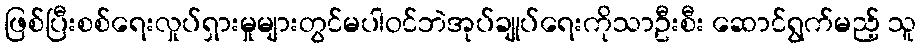
ဖြစ်ပြီးစစ်ရေးလှုပ်ရှားမှုများတွင်မပါဝင်ဘဲအုပ်ချုပ်ရေးကိုသာဦးစီး ဆောင်ရွက်မည့် သူ